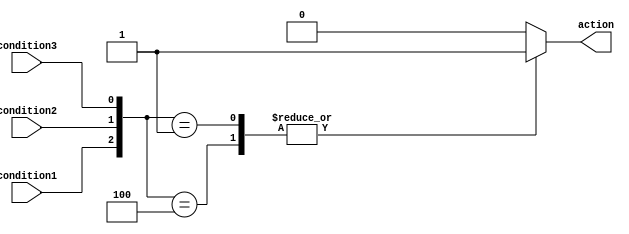
module priority_logic (
    input wire condition1,
    input wire condition2,
    input wire condition3,
    output reg action
);

always @ (*) begin
    casez ({condition1, condition2, condition3})
        3'b100: action = 1; // condition1 has highest priority
        3'b010: action = 2; // condition2 has second highest priority
        3'b001: action = 3; // condition3 has lowest priority
        default: action = 0; // default action if none of the conditions are true
    endcase
end
endmodule